画像に写った文字を読んでください
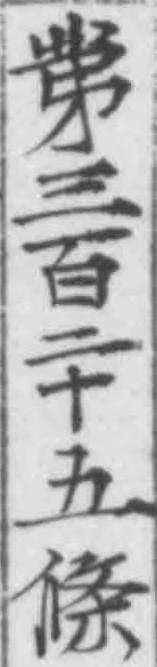
「第三百二十五條」と書いてあります